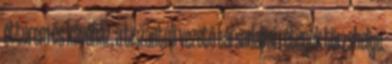
étterem és kávéház, a tiszántúli vezető társadalmi rétegek törzshelye.